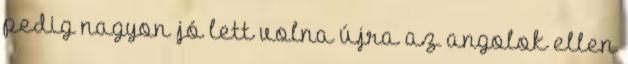
pedig nagyon jó lett volna újra az angolok ellen